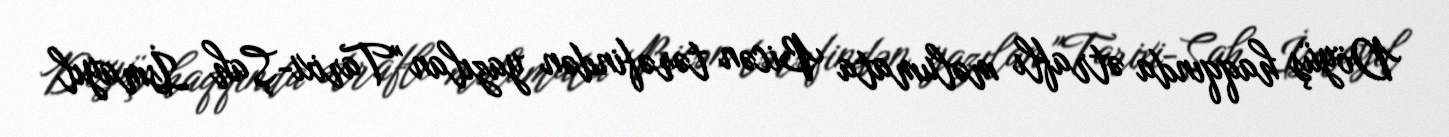
Döyüş haqqında ətraflı məlumata Bicən tərəfindən yazılan "Tarixi-Şah İsmayıl